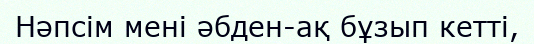
Нәпсім мені әбден-ақ бұзып кетті,